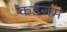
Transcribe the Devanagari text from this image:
कडगम